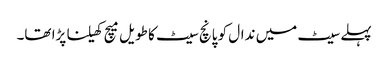
پہلے سیٹ میں ندال کو پانچ سیٹ کا طویل میچ کھیلنا پڑا تھا۔